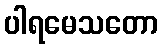
ပါရမေသတော